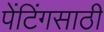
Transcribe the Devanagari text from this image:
पेंटिंगसाठी